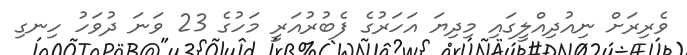
ވެރިރަށް ނިއުދިއްލީގައި މިދިޔަ އަހަރުގެ ފެބުރުއަރީ މަހުގެ 23 ވަނަ ދުވަހު ހިނގި